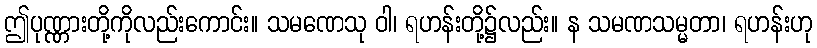
ဤပုဏ္ဏားတို့ကိုလည်းကောင်း။ သမဏေသု ဝါ၊ ရဟန်းတို့၌လည်း။ န သမဏသမ္မတာ၊ ရဟန်းဟု